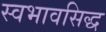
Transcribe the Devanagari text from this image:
स्वभावसिद्ध